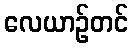
လေယာဉ်တင်